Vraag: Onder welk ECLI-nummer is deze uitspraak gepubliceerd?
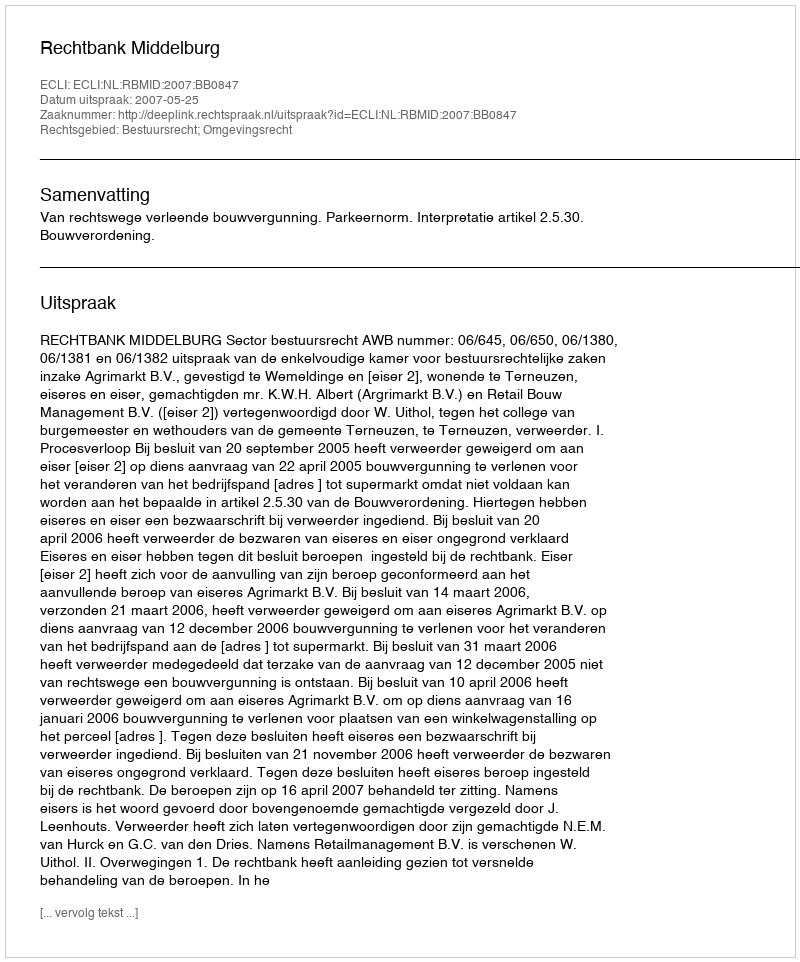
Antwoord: ECLI:NL:RBMID:2007:BB0847